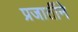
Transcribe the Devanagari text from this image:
प्रजातींने